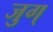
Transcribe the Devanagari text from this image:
जुग्